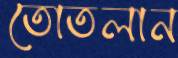
তোতলান